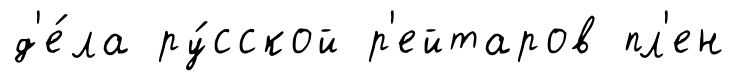
д'е́ла ру́сской р'ейтаров пл'ен